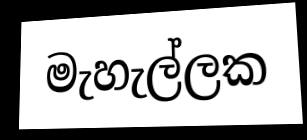
මැහැල්ලක